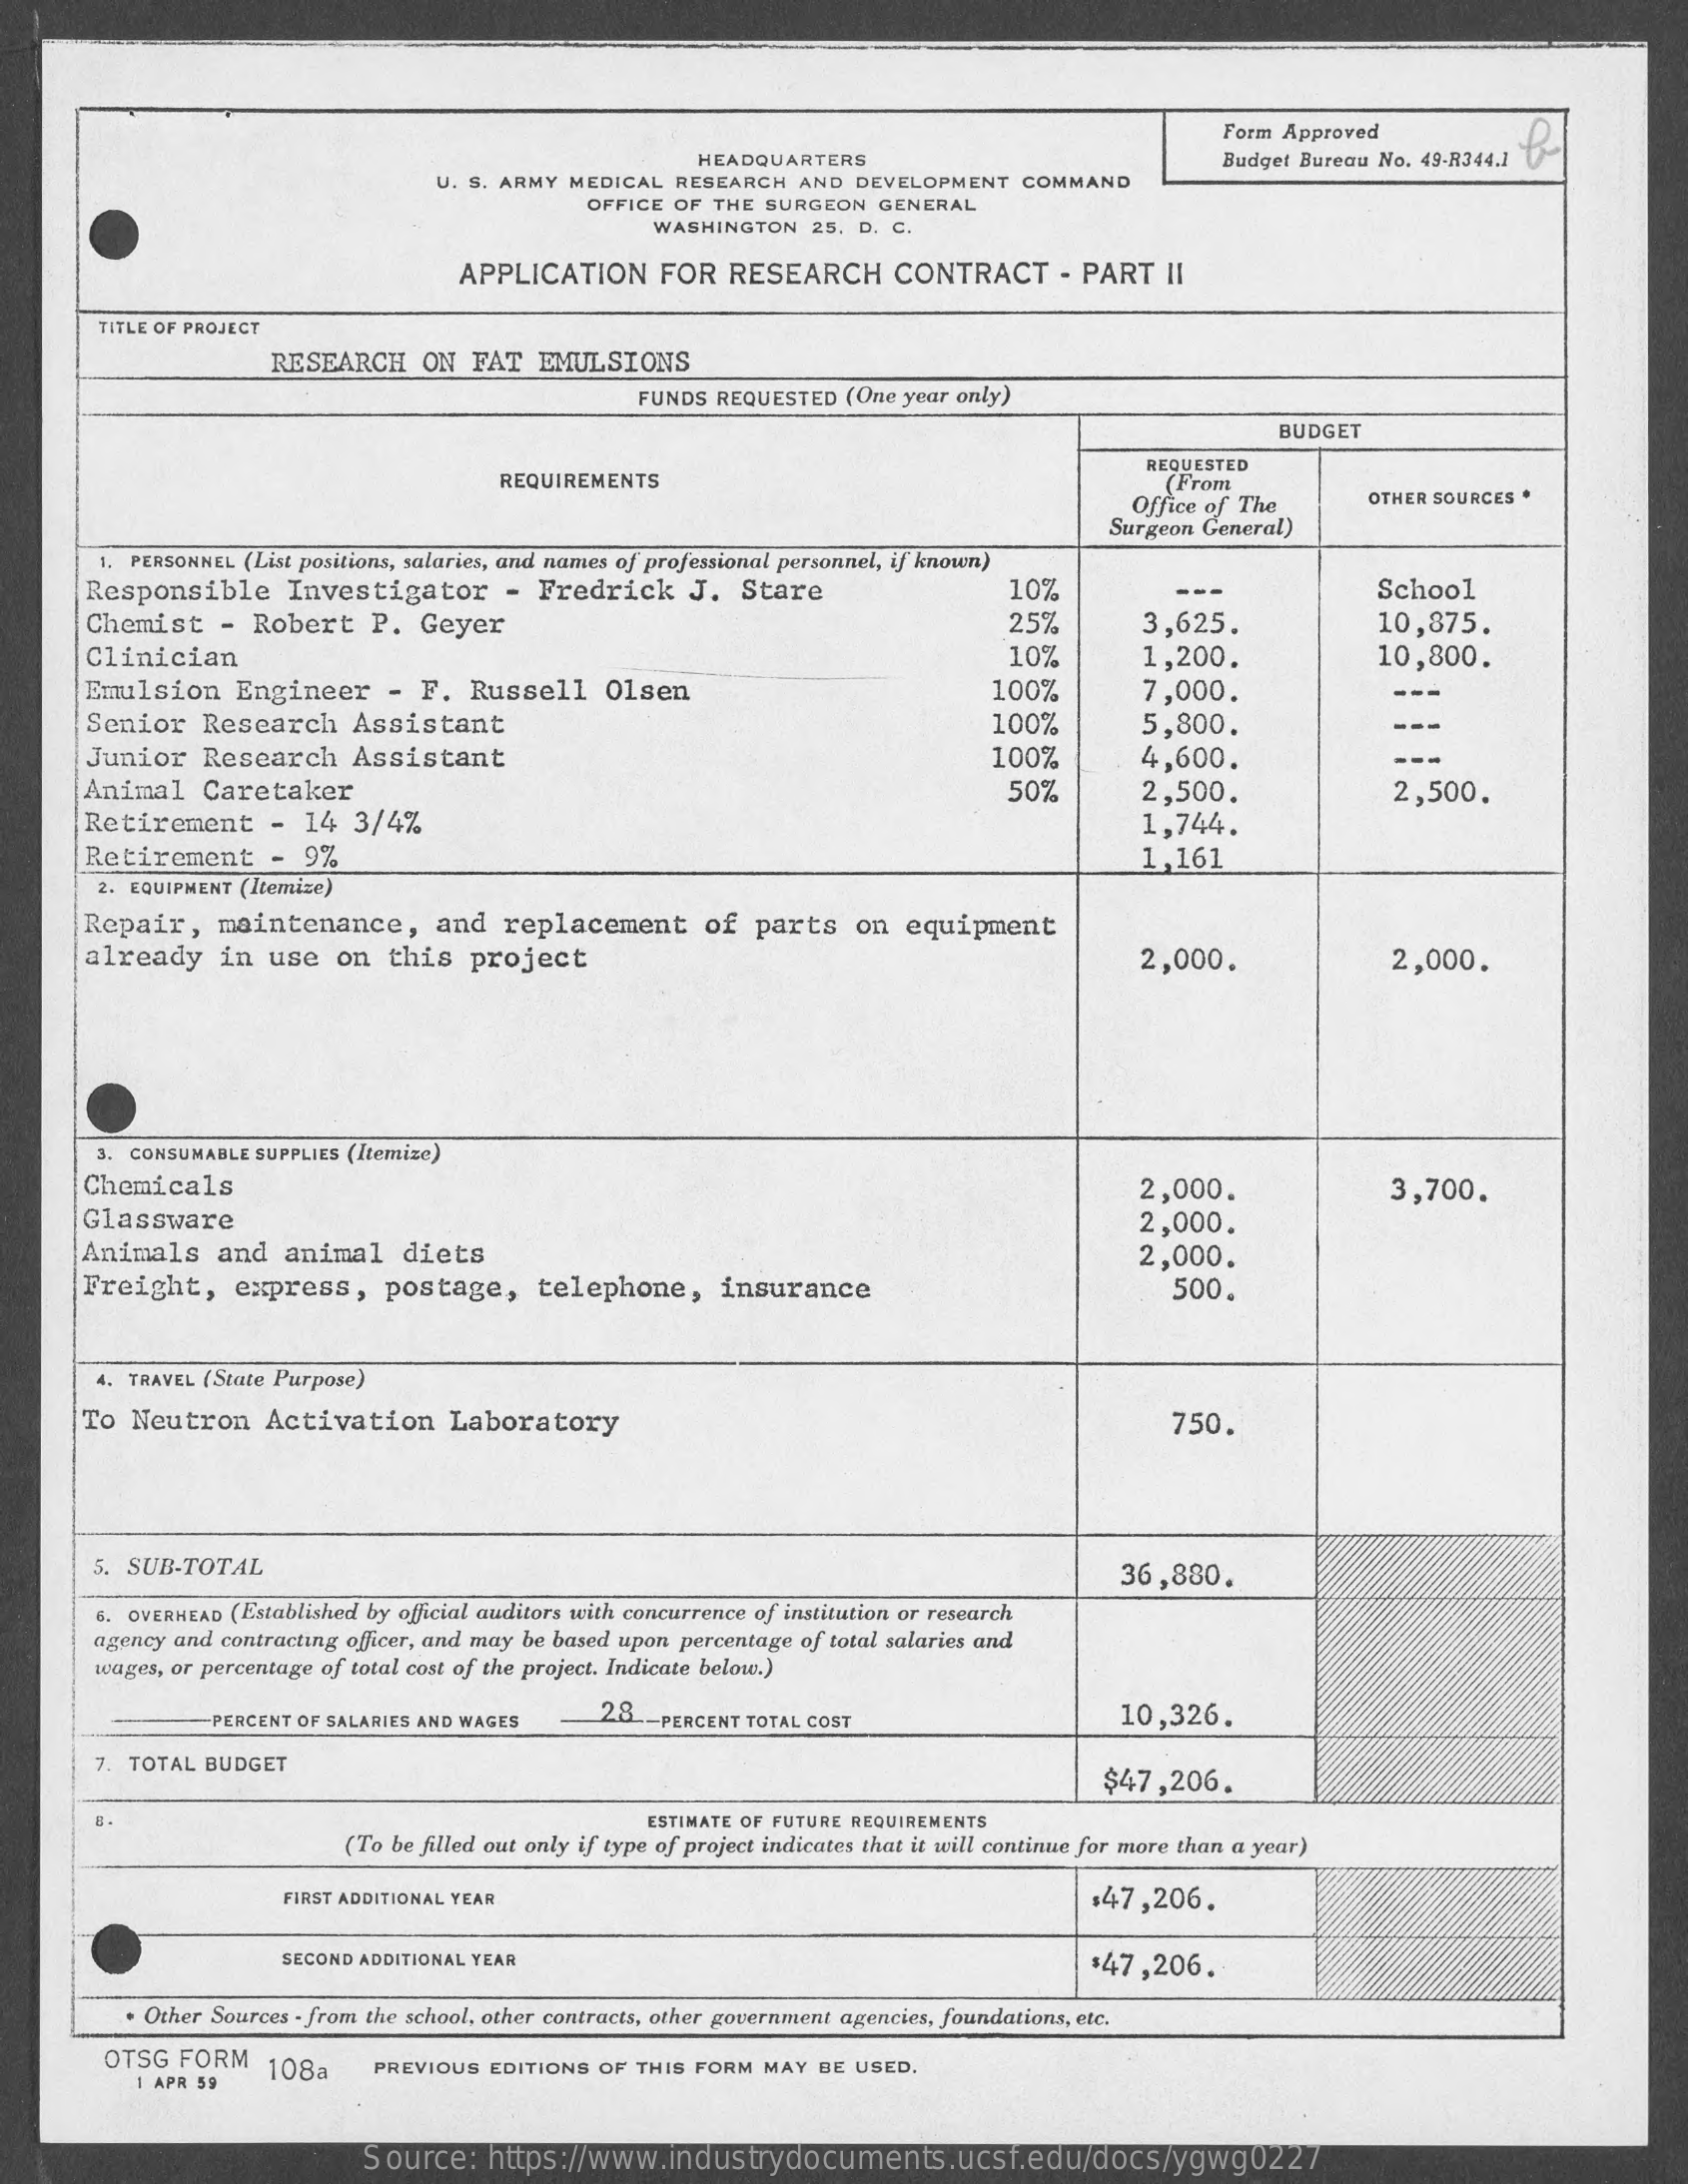
Form Approved
     HEADQUARTERS    Budget Bureau No. 49-R344.1
     U. S. ARMY MEDICAL  RESEARCH  AND  DEVELOPMENT   COMMAND
     OFFICE  OF THE SURGEON   GENERAL
     WASHINGTON   25. D. C.
     APPLICATION    FOR   RESEARCH    CONTRACT    - PART   II
     TITLE OF PROJECT
     RESEARCH    ON   FAT  EMUL  SIONS
     FUNDS REQUESTED  (One year only)
     BUDGET
     REQUIREMENTS
     REQUESTED
     (From
     Office of The    OTHER SOURCES .
     Surgeon General)
     1. PERSONNEL (List positions, salaries, and names of professional personnel, if known)
     Responsible    Investigator    - Fredrick    J.  Stare    10%    School
     Chemist   -  Robert    P.  Geyer    25%    3,625.    10,875.
     Clinician    10%    1,200.    10,800.
     Emulsion    Engineer    - F.  Russell    Olsen    100%
     Senior    Research    Assistant
     7,000.
     100%    5,800.
     Junior    Research    Assistant    100%
     Animal    Caretaker
     4,600.
     50%
     Retirement    - 14   3/4%
     2,500.    2,500.
     Retirement    -  9%
     1,744.
     1,161
     2. EQUIPMENT (Itemize)
     Repair,    maintenance,    and   replacement    of  parts    on  equipment
     already    in  use   on   this  project    2,000.    2,000.
     3. CONSUMABLE SUPPLIES (Itemize)
     Chemicals    2,000.    3,700.
     Glassware
     Animals    and   animal    diets
     2,000.
     Freight,    express,    postage,    telephone,    insurance
     2,000.
     500.
     4. TRAVEL (State Purpose)
     To  Neutron    Activation    Laboratory    750.
     5. SUB-TOTAL    36,880.
     6. OVERHEAD (Established by official auditors with concurrence of institution or research
     agency and contracting officer, and may be based upon percentage of total salaries and
     wages, or percentage of total cost of the project. Indicate below.)
     PERCENT OF SALARIES AND WAGES    28 -PERCENT TOTAL COST    10,326.
     7. TOTAL BUDGET
     $47,206.
     ESTIMATE OF FUTURE REQUIREMENTS
     (To be filled out only if type of project indicates that it will continue for more than a year)
     FIRST ADDITIONAL YEAR    $47,206.
     SECOND ADDITIONAL YEAR    $47,206.
     . Other Sources - from the school, other contracts, other government agencies, foundations, etc.
     OTSG  FORM
     1 APR 59
     108a    PREVIOUS  EDITIONS OF  THIS FORM MAY  BE USED.
     Source:    https://www.industrydocuments.ucsf.edu/docs/ygwg0227